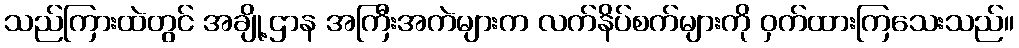
သည်ကြားထဲတွင် အချို့ဌာန အကြီးအကဲများက လက်နိပ်စက်များကို ဝှက်ထားကြသေးသည်။